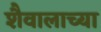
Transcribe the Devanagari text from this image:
शैवालाच्या